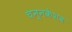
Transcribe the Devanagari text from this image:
चन्नकेशव